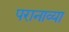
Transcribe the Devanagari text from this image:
परानाव्या